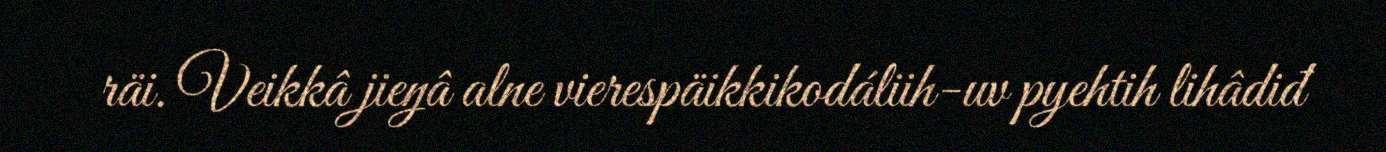
räi. Veikkâ jieŋâ alne vierespäikkikodáliih-uv pyehtih lihâdiđ